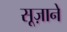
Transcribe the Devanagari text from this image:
सूज़ाने